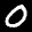
Label: 0